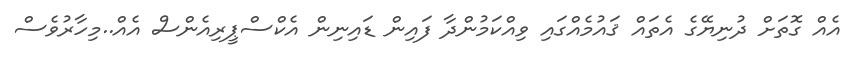
އެއް ގޮތަށް ދުނިޔޭގެ އެތައް ޤައުމެއްގައި ވިއްކަމުންދާ ފައިން ޑައިނިން އެކްސްޕީރިއެންސް އެއް..މިހާރުވެސް